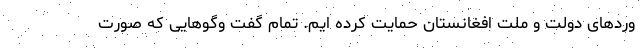
وردهای دولت و ملت افغانستان حمایت کرده ایم. تمام گفت وگوهایی که صورت